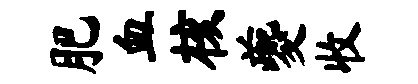
肥血核夔收